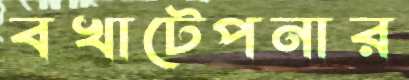
বখাটেপনার